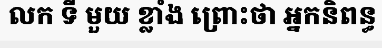
លក ទី មួយ ខ្លាំង ព្រោះថា អ្នកនិពន្ធ